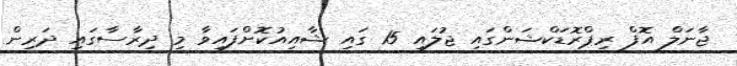
ޖާނަލް އޮފް ރިޕްރޮޑަކްޝަންގައި ޖުލައި 15 ގައި ޝާއިއުކޮށްފައިވާ މި ދިރާސާގައި ދަރިން